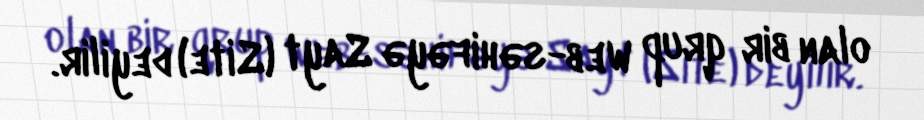
olan bir qrup Web-səhifəyə Sayt (Site) deyilir.